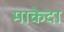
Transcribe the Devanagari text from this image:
माकेदा